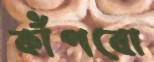
কাঁপবো